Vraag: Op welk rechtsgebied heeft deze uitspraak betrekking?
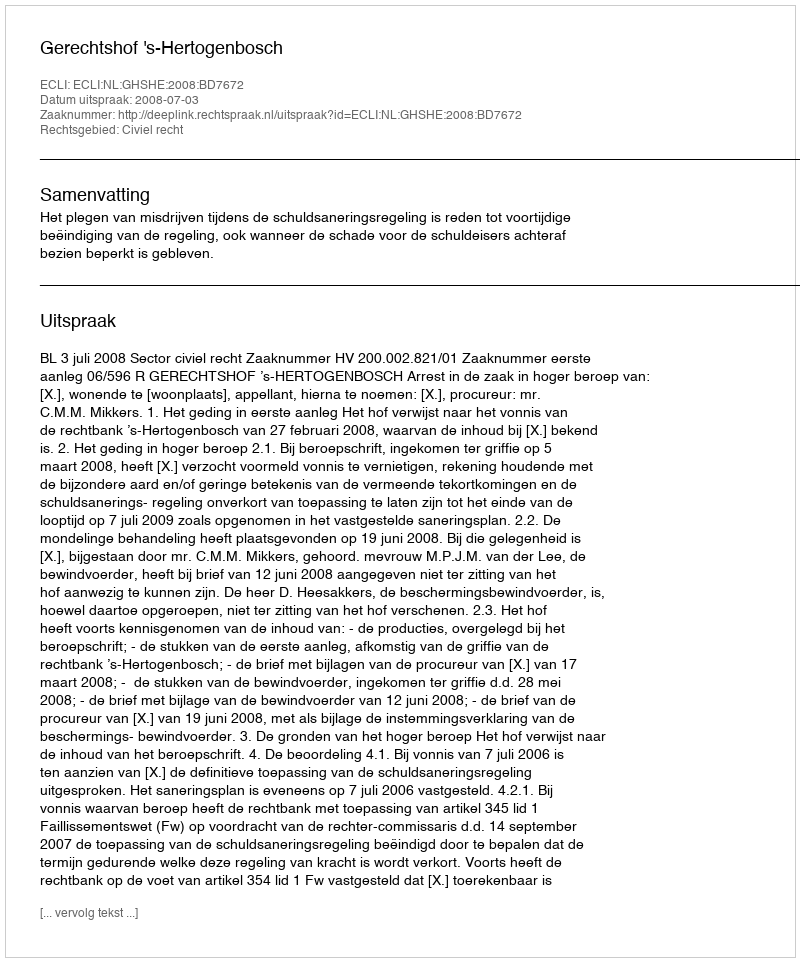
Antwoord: Civiel recht